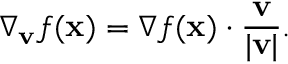
\nabla _ { \mathbf { v } } { f } ( \mathbf { x } ) = \nabla f ( \mathbf { x } ) \cdot { \frac { \mathbf { v } } { | \mathbf { v } | } } .